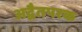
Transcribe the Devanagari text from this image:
अद्वैतपरक